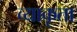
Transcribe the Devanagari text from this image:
व्याकृता